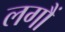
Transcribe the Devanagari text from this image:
लगौं